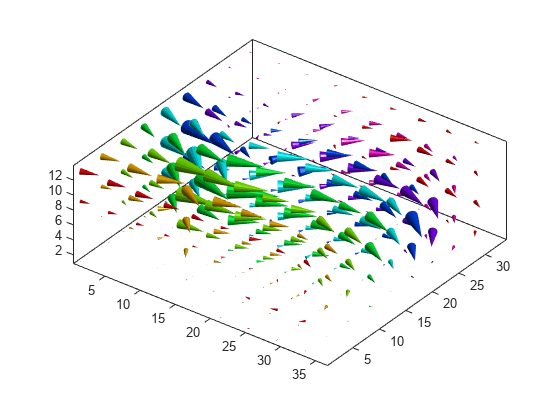
matlab, meshgrid, coneplot, colormap